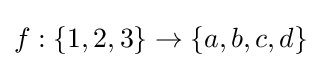
f:\{1,2,3\}\to \{a,b,c,d\}